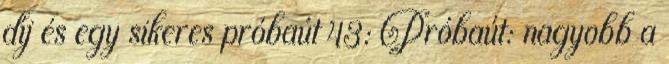
díj és egy sikeres próbaút 43: Próbaút: nagyobb a